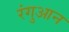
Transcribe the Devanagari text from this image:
रंगुआन